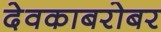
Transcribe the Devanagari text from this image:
देवकाबरोबर